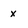
Character: x